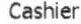
CASHIER